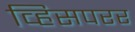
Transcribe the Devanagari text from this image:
व्हिसपरर